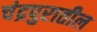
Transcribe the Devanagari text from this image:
चंद्रपुरातील